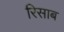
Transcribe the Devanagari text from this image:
रिसाब